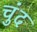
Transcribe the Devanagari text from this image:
चुंद